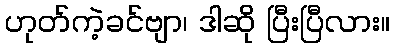
ဟုတ်ကဲ့ခင်ဗျာ၊ ဒါဆို ပြီးပြီလား။